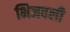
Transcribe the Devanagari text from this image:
भिजवली